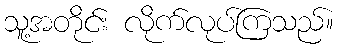
သူ့အတိုင်း လိုက်လုပ်ကြသည်။